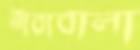
নীরাবালা